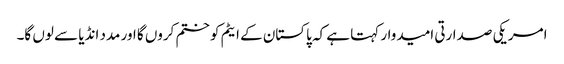
امریکی صدارتی امیدوار کہتا ہے کہ پاکستان کے ایٹم کو ختم کروں گا اور مدد انڈیا سے لوں گا۔